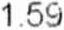
1.59